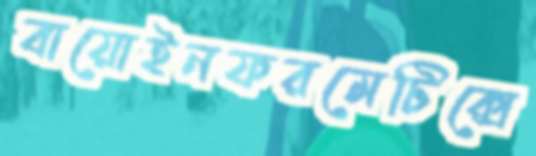
বায়োইনফরমেটিক্সে